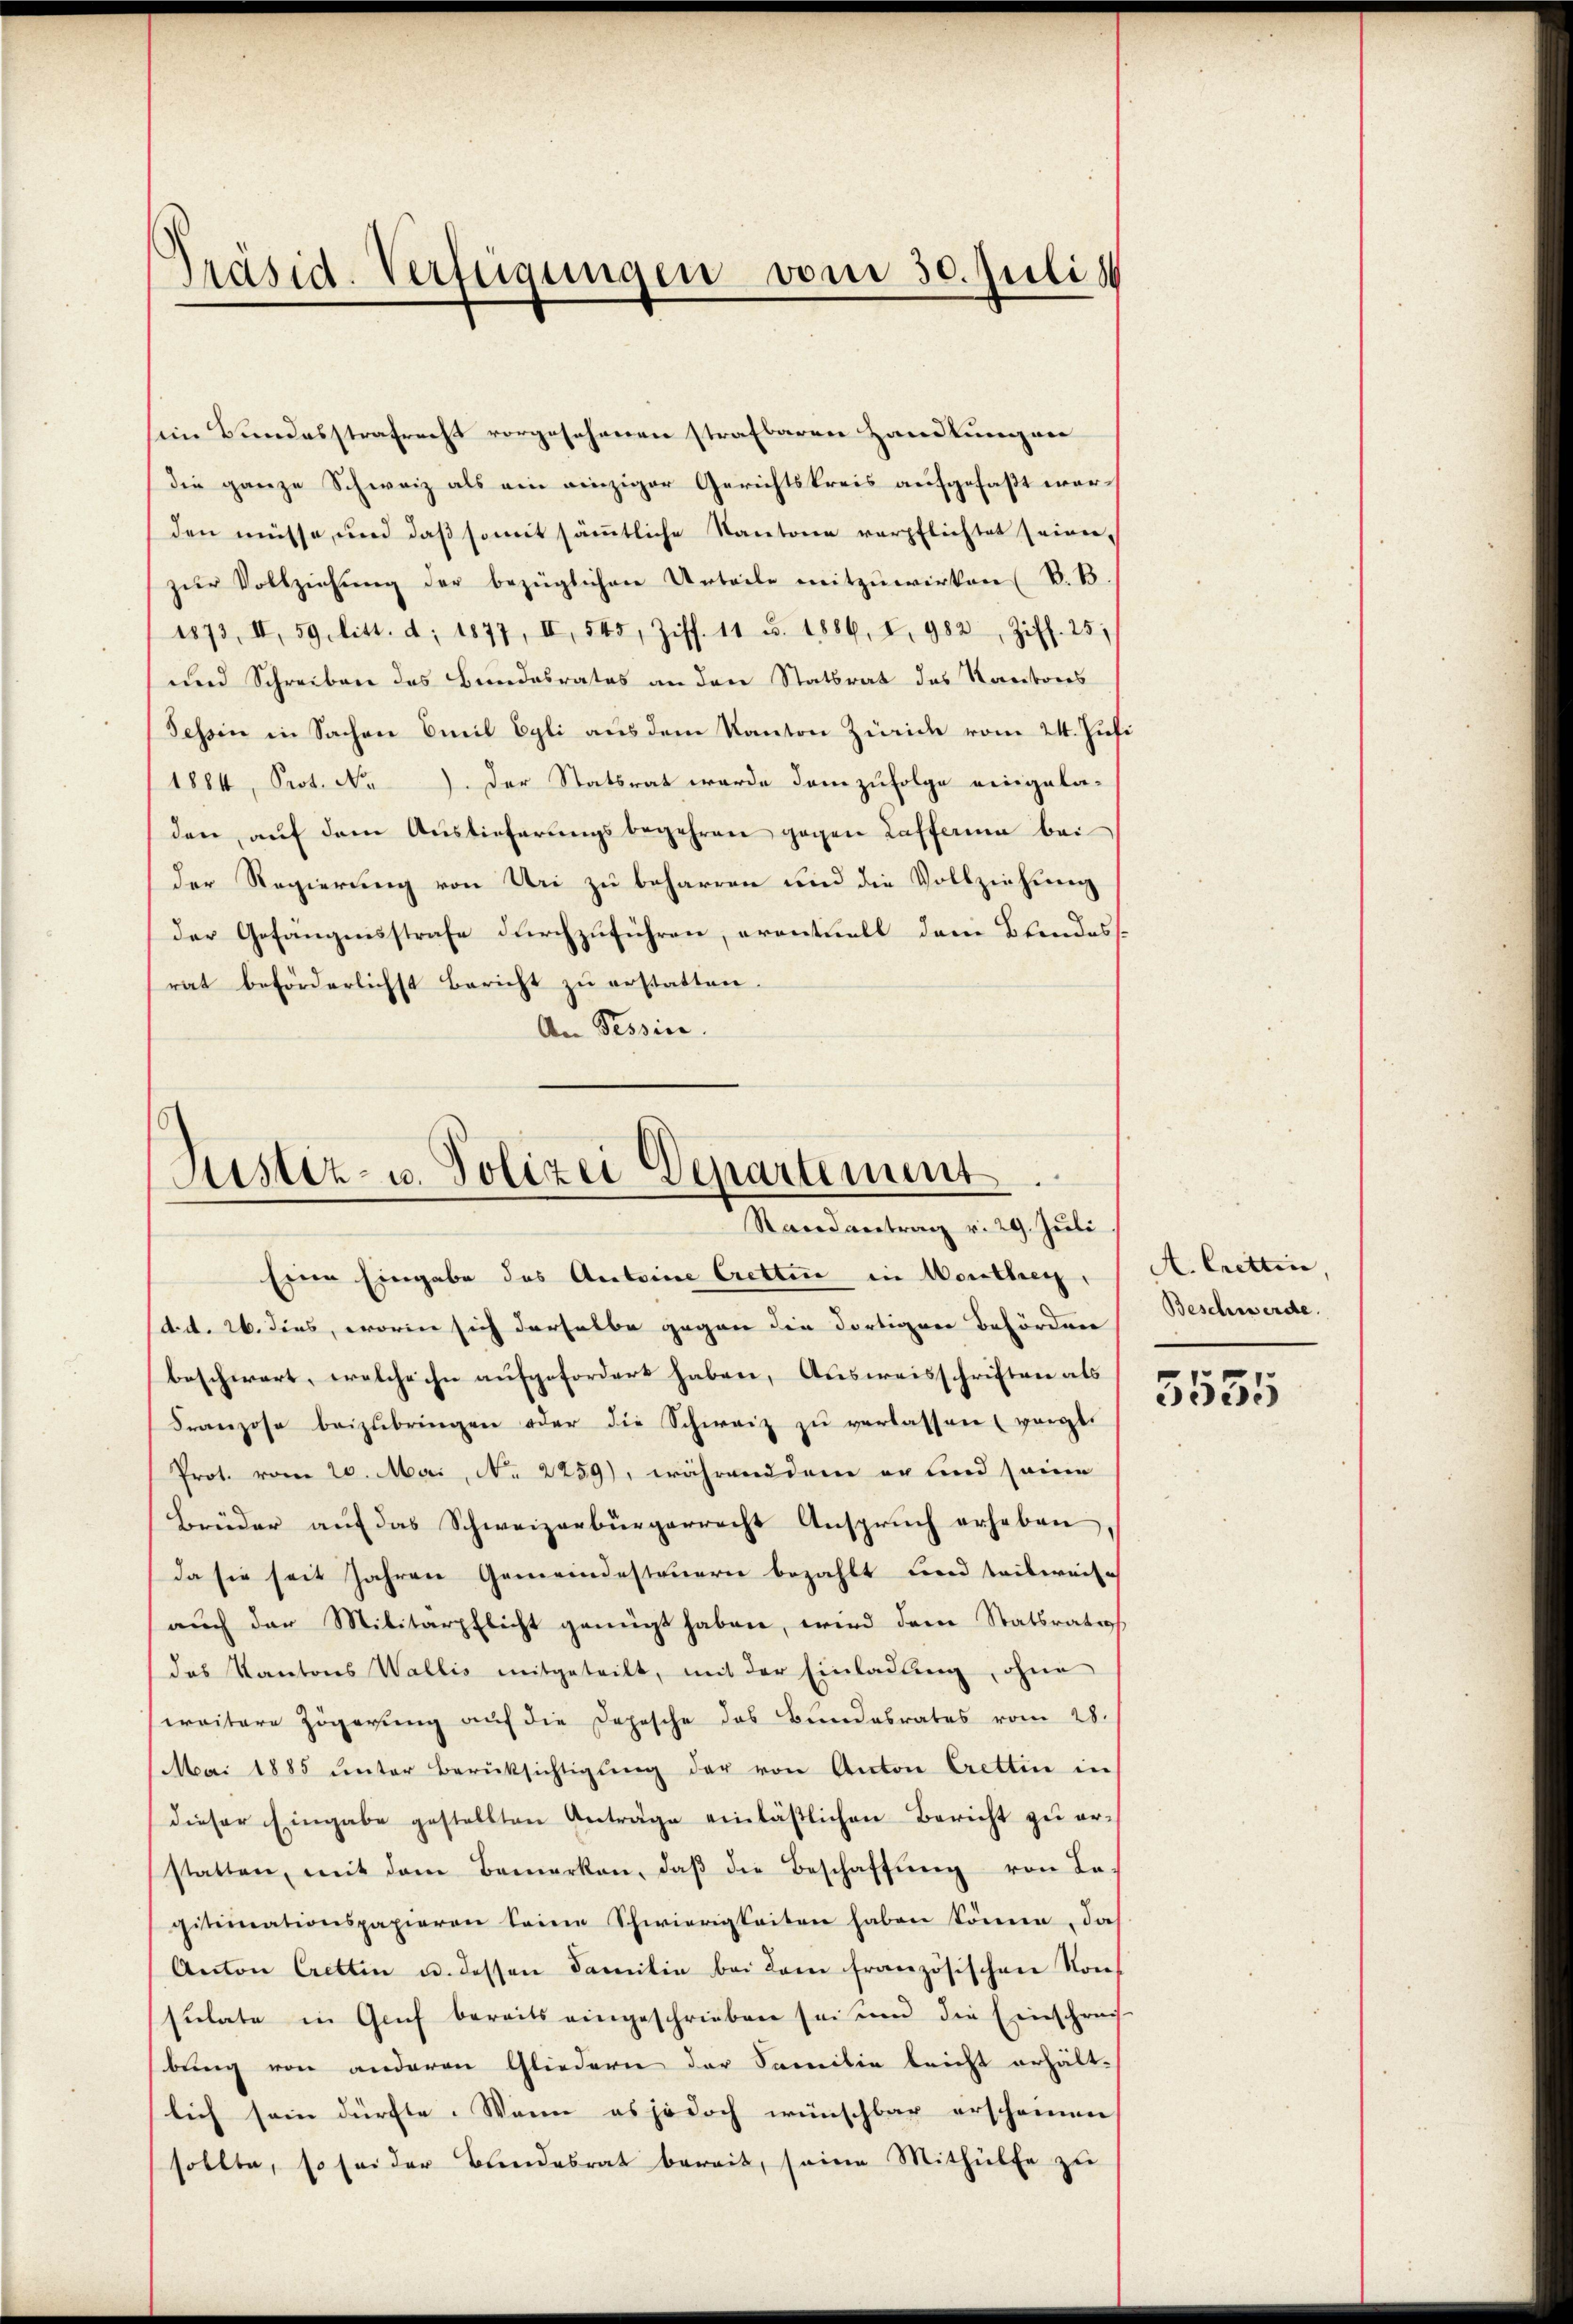
Präsid. Verfügungen vom 30. Juli

im Bundesstrafrecht vorgesehenen strafbaren Handlungen
die ganze Schweiz als ein einziger Gerichtskreis aufgefaßt worden müsse, und daß somit sämmtliche Kantone verpflichtet seiner-
zŭr Vollziehŭng der bezüglichen Urteile mitzuwirken (S. B.
1873, II, 59. litt. d. 1877, II, 545, Ziff. 11 u. 1886, I. 982 Ziff. 25.
und Schreiben des Bundesrates an den Statsrat des Kantons
Tessin in Sachen Emil Egli aus dem Kanton Zürich vom 24. Jusi
1884, Prot. No. Der Statsrat wurde demzufolge eingeladen, aŭf dem Auslieferungsbegehren gegen Kafferin bei
der Regierung von Uri zu beharren und die Vollziehung
der Gefängnisstrafe durchzuführen, eventuell dem Blendoss
rat beförderlichst bericht zŭ erstatten.
An Pessine.

Rustiz- u. Polizei Departement
Randantrag v. 29. Jŭli

Eine Eingabe des Anteine Cretten in Werthey,
d.d. 26. dies, worin sich derselbe gegen die dortigen Behörden
beschwert, welche ihn aufgefordert haben, Ausweisschriften als
Franzose beizubringen oder die Schweiz zu verlassen (vergl.
Prot. vom 20. Mai, No 2259), während dem er und seine
Brüder aŭf das Schweizerbürgerrecht Ansprŭch erheben,
da sie seit Jahren Gemeindesteuern bezahlt und teilweise
auch der Militärpflicht genügt haben, wird dem Statsrath
das Kantons Wallis mitgeteilt, mit der Einladung, ohne
weitere Zögerung auf die Depesche das Bundesrates vom 28.
Mai 1885 ŭnter Berücksichtigŭng der von Anton Crettin in
dieser Eingabe gestellten Anträge einläßlichen Bericht zŭ er-
statten, mit dem Bemerken, daβ die Beschaffŭng von La-
gitimationspapieren seine Schwierigkeiten haben könne, daß
Anton Crettin u. dessen Familie bei dem französischen Kon-
sulate in Genf bereits eingeschrieben sei und die Einsprach
bung von anderen Gliedern der Familie leicht erhältlich sein dürfte. Wenn es jedoch wünschbar erscheinen
sollte, so sei der Bundesrat bereit, seine Mithülfe zu

A. Crettin,
Beschwerde.
3535